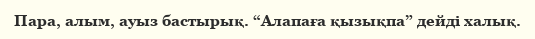
Пара, алым, ауыз бастырық. “Алапаға қызықпа” дейді халық.